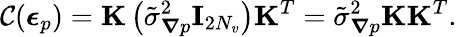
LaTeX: \mathcal{C}(\boldsymbol{\epsilon}_{p})=\mathbf{K}\left(\tilde{\sigma}_{\boldsymbol{\nabla}p}^{2}\mathbf{I}_{2N_{v}}\right)\mathbf{K}^{T}=\tilde{\sigma}_{\boldsymbol{\nabla}p}^{2}\mathbf{K}\mathbf{K}^{T}.